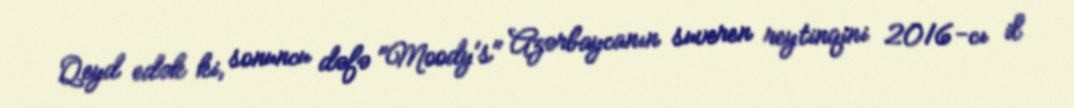
Qeyd edək ki, sonuncu dəfə "Moody's" Azərbaycanın suveren reytinqini 2016-cı il